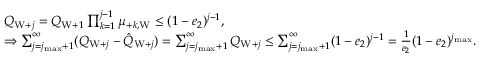
\begin{array} { r l } & { Q _ { \mathrm { W } + j } = Q _ { \mathrm { W } + 1 } \prod _ { k = 1 } ^ { j - 1 } \mu _ { + k , \mathrm { W } } \le ( 1 - e _ { 2 } ) ^ { j - 1 } , } \\ & { \Rightarrow \sum _ { j = j _ { \operatorname* { m a x } } + 1 } ^ { \infty } ( Q _ { \mathrm { W } + j } - \hat { Q } _ { \mathrm { W } + j } ) = \sum _ { j = j _ { \operatorname* { m a x } } + 1 } ^ { \infty } Q _ { \mathrm { W } + j } \le \sum _ { j = j _ { \operatorname* { m a x } } + 1 } ^ { \infty } ( 1 - e _ { 2 } ) ^ { j - 1 } = \frac { 1 } { e _ { 2 } } ( 1 - e _ { 2 } ) ^ { j _ { \operatorname* { m a x } } } . } \end{array}